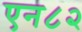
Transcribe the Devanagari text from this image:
एन८२